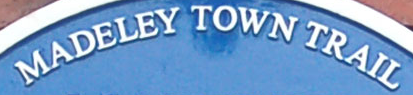
MADELEY TOWN TRAIL